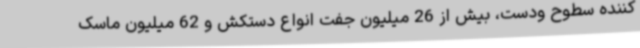
کننده سطوح ودست، بیش از 26 میلیون جفت انواع دستکش و 62 میلیون ماسک